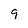
Character: 9